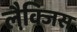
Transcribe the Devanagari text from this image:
लैक्जि़स